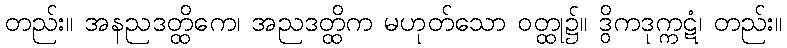
တည်း။ အနညဒတ္ထိကေ၊ အညဒတ္ထိက မဟုတ်သော ဝတ္ထု၌။ ဒွိကဒုက္ကဋံ၊ တည်း။